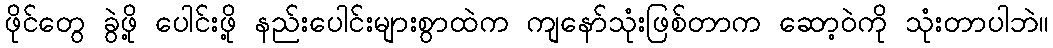
ဖိုင်တွေ ခွဲဖို့ ပေါင်းဖို့ နည်းပေါင်းများစွာထဲက ကျနော်သုံးဖြစ်တာက ဆော့ဝဲကို သုံးတာပါဘဲ။